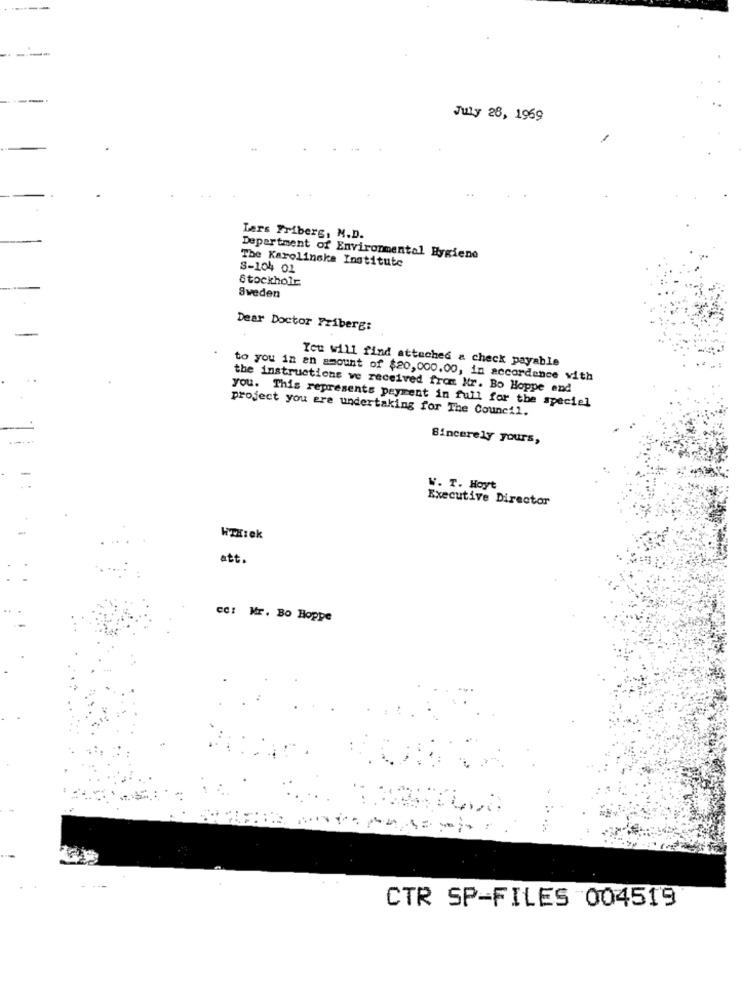
July 28, 1969
Lars Friberg, N.D.
The Karolinska Institute
Department of Environmental Hygiene
S-104 01
Stockholr
Sweden
Dear Doctor Friberg:
You will find attached & check payable
to you in an amount of $20,000.00, in accordance with
the instructions ve received from Nr. Bo Hoppe end
project you are undertaking for The Council.
you. This represents payment in full for the special
Sincerely yours,
W. T. Hoyt
Executive Director
WTHIek
att.
cc: Mr. Bo Hoppe
CTR SP-FILES 004519